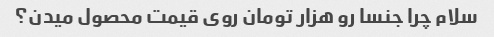
سلام چرا جنسا رو هزار تومان روی قیمت محصول میدن؟